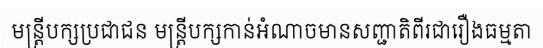
មន្ត្រីបក្សប្រជាជន មន្ត្រីបក្សកាន់អំណាចមានសញ្ជាតិពីរជារឿងធម្មតា